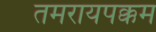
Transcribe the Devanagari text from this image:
तमरायपक्कम